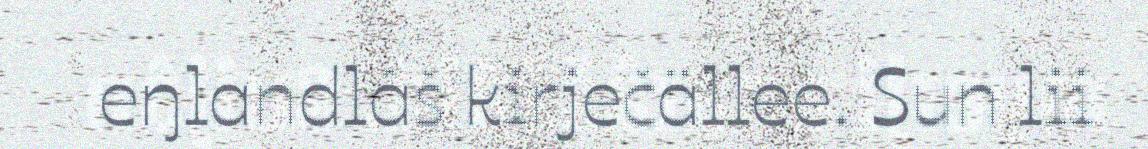
eŋlandlâš kirječällee. Sun lii